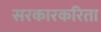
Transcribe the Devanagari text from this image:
सरकारकरिता